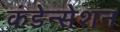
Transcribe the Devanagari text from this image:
कंडेन्सेशन